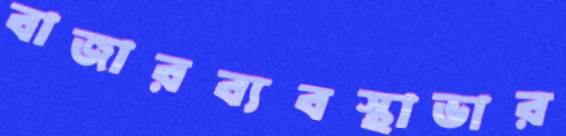
বাজারব্যবস্থাভার